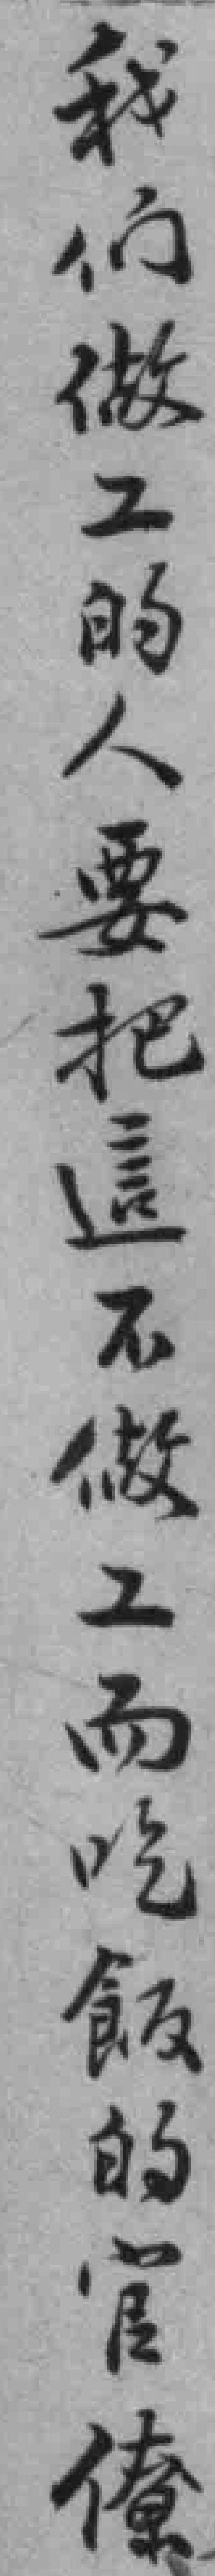
我们做工的人要把這不做工而吃飯的官僚